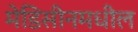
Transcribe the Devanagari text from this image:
मेडिसीनमधील